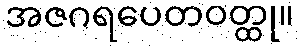
အဇဂရပေတဝတ္ထု။